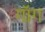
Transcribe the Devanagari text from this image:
गॉग